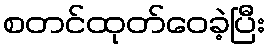
စတင်ထုတ်ဝေခဲ့ပြီး